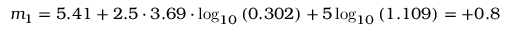
m _ { 1 } = 5 . 4 1 + 2 . 5 \cdot 3 . 6 9 \cdot \log _ { 1 0 } { \left( 0 . 3 0 2 \right) } + 5 \log _ { 1 0 } { \left( 1 . 1 0 9 \right) } = + 0 . 8